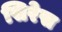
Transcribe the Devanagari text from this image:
सिरेस